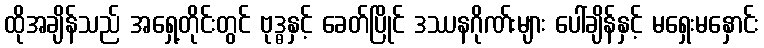
ထိုအချိန်သည် အရှေ့တိုင်းတွင် ဗုဒ္ဓနှင့် ခေတ်ပြိုင် ဒဿနဂိုဏ်းများ ပေါ်ချိန်နှင့် မရှေးမနှောင်း